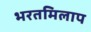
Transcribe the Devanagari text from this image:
भरतमिलाप